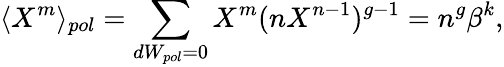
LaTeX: \langle X^{m}\rangle_{pol}=\sum_{dW_{pol}=0}X^{m}(nX^{n-1})^{g-1}=n^{g}\beta^{k},